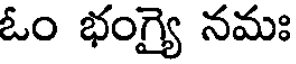
ఓం భంగ్యై నమః